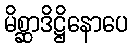
မိစ္ဆာဒိဋ္ဌိနောပေ